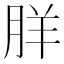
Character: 羘